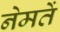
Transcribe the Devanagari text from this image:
नेमतें